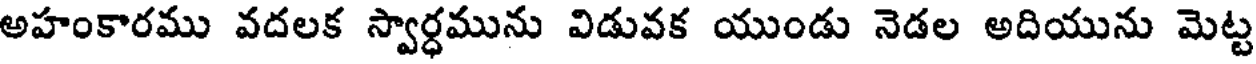
అహంకారము వదలక స్వార్ధమును విడువక యుండు నెడల అదియును మెట్ట